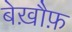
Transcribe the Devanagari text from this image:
बेख़ौफ़